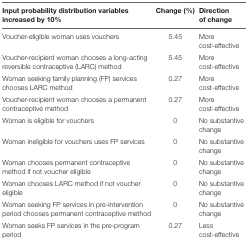
| Input probability distribution variables increased by 10% | Change (%) | Direction of change |
 | --- | --- | --- |
 | Voucher-eligible woman uses vouchers | 5.45 | More cost-effective |
 | Voucher-recipient woman chooses a long-acting reversible contraceptive (LARC) method | 5.45 | More cost-effective |
 | Woman seeking family planning (FP) services chooses LARC method | 0.27 | More cost-effective |
 | Voucher-recipient woman chooses a permanent contraceptive method | 0.27 | More cost-effective |
 | Woman is eligible for vouchers | 0 | No substantive change |
 | Woman ineligible for vouchers uses FP services | 0 | No substantive change |
 | Woman chooses permanent contraceptive method if not voucher eligible | 0 | No substantive change |
 | Woman chooses LARC method if not voucher eligible | 0 | No substantive change |
 | Woman seeking FP services in pre-intervention period chooses permanent contraceptive method | 0 | No substantive change |
 | Woman seeks FP services in the pre-program period | 0.27 | Less cost-effective |